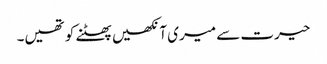
حیرت سے میری آنکھیں پھٹنے کو تھیں۔